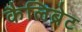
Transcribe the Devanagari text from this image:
कैलिब्रेट